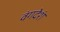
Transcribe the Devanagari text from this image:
वंगदेशं